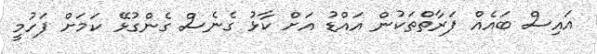
އައިސް ބައެއް ފަރާތްތަކުން އައްޑު އަށް ކާޅު ގެނެސް ގެންގުޅޭ ކަމަށް ފަހުމީ